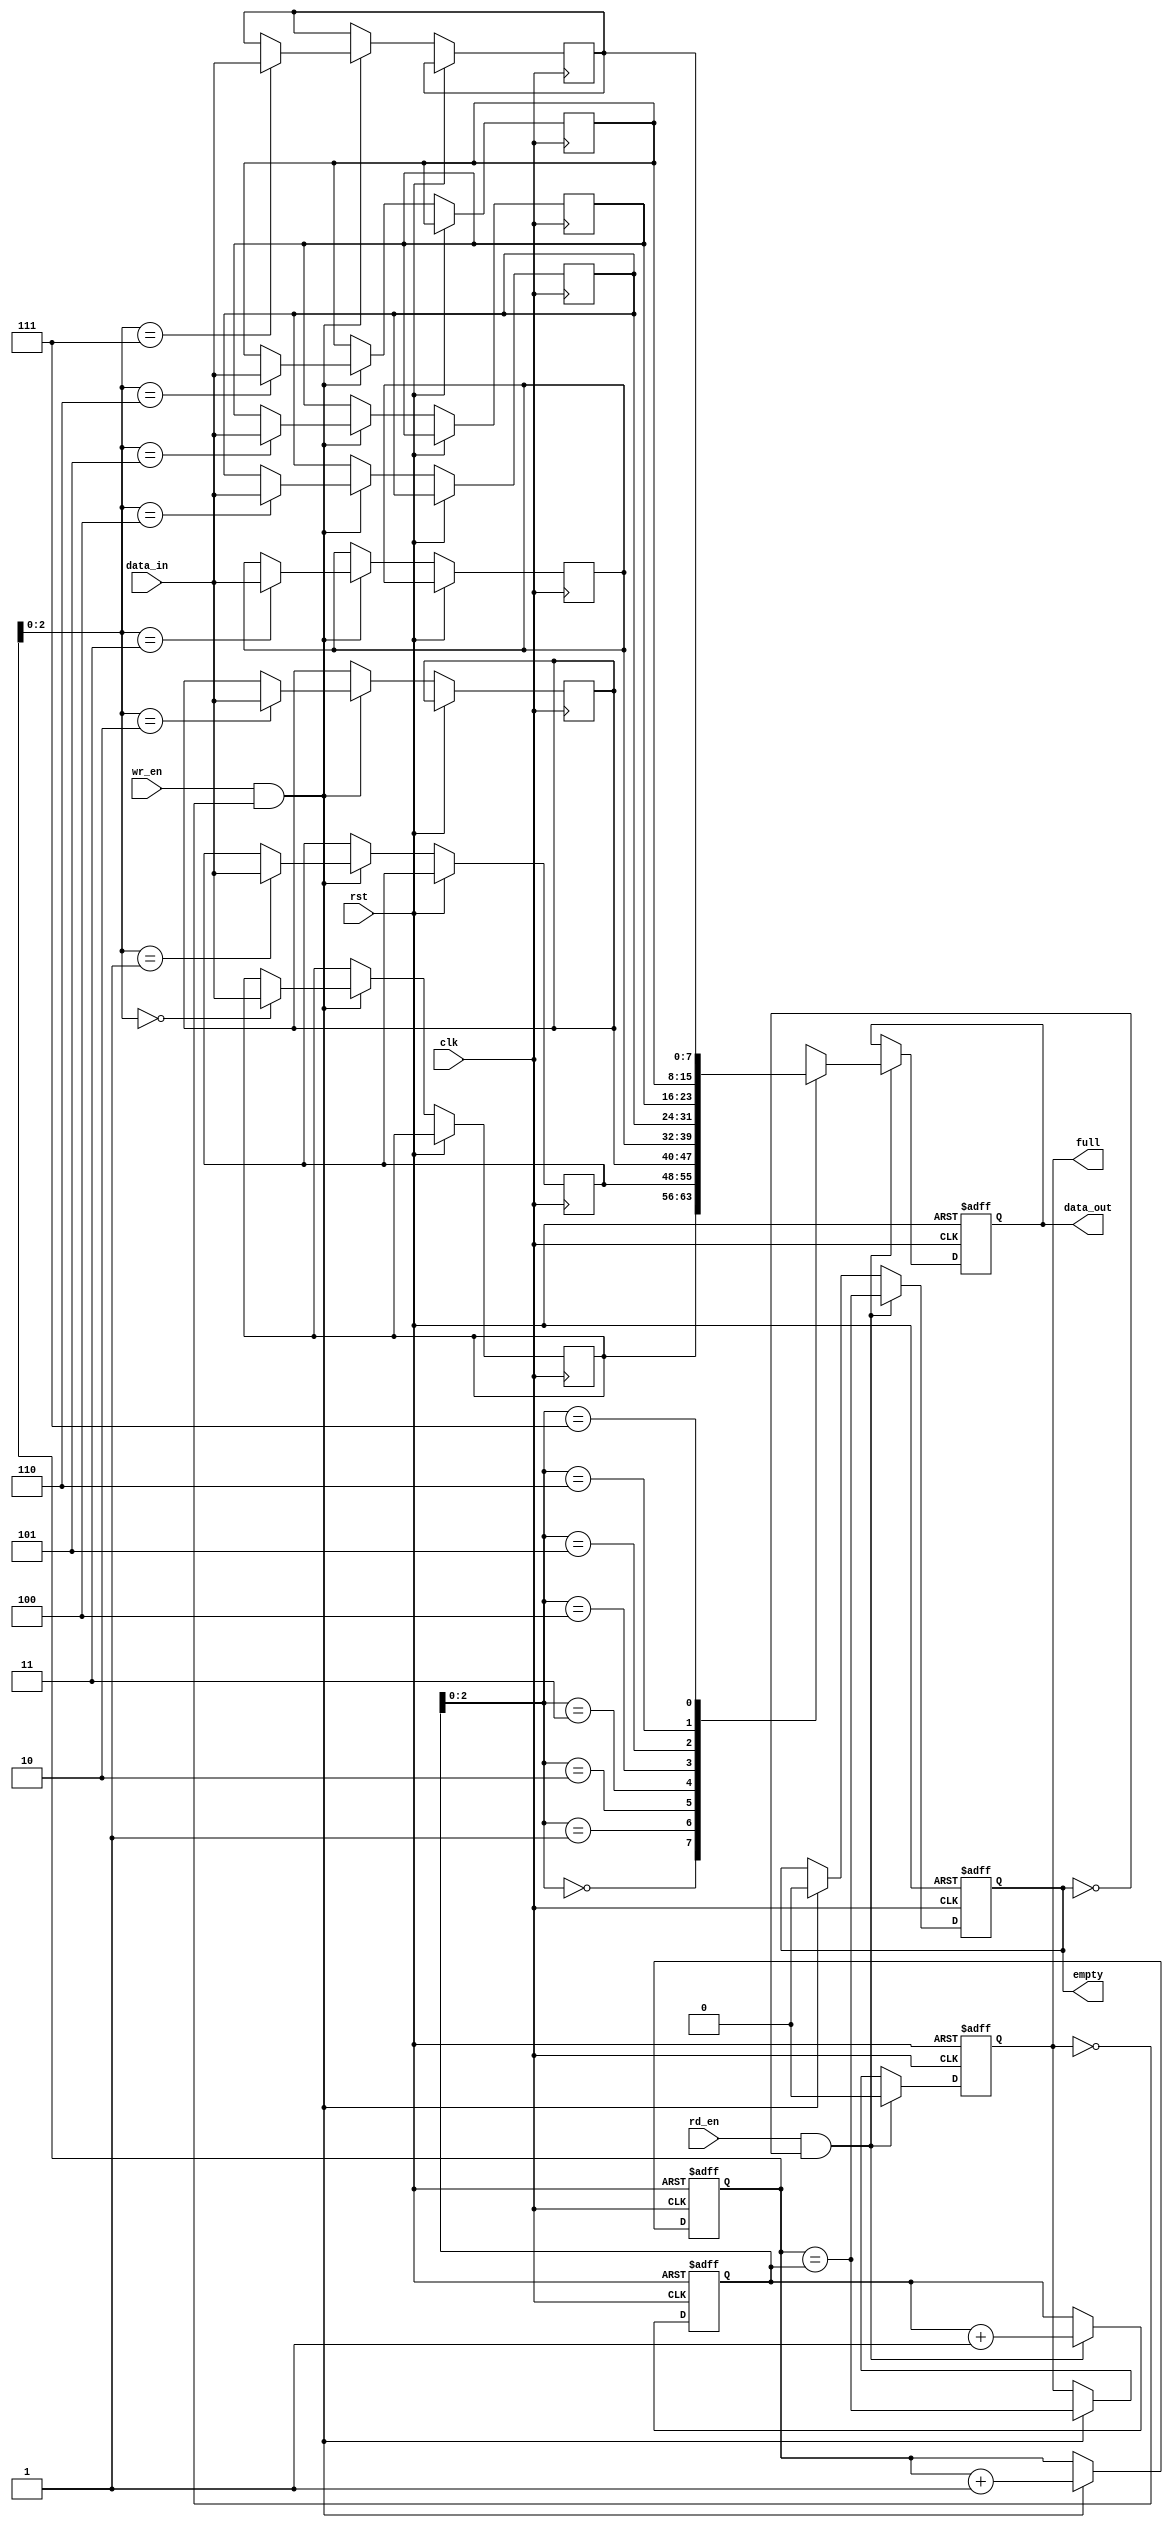
module synchronous_fifo (
  input wire clk,
  input wire rst,
  input wire wr_en,
  input wire rd_en,
  input wire [DATA_WIDTH-1:0] data_in,
  output reg [DATA_WIDTH-1:0] data_out,
  output reg full,
  output reg empty
);

parameter DEPTH = 8;
parameter DATA_WIDTH = 8;

reg [DEPTH-1:0] write_ptr;
reg [DEPTH-1:0] read_ptr;
reg [DATA_WIDTH-1:0] mem [DEPTH-1:0];

always @(posedge clk or posedge rst) begin
  if (rst) begin
    write_ptr <= 0;
    read_ptr <= 0;
    data_out <= 0;
    full <= 0;
    empty <= 1;
  end else begin
    if (wr_en && !full) begin
      mem[write_ptr] <= data_in;
      write_ptr <= write_ptr + 1;
      full <= (write_ptr == read_ptr);
      empty <= 0;
    end
      
    if (rd_en && !empty) begin
      data_out <= mem[read_ptr];
      read_ptr <= read_ptr + 1;
      full <= 0;
      empty <= (write_ptr == read_ptr);
    end
  end
end

endmodule